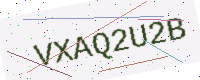
Text: VXAQ2U2B